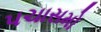
પચાસમો